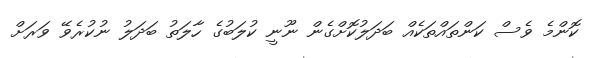
ކޮންމެ ވެސް ކަންތައްތަކެއް ބަދަލުކޮށްގެން ނޫނީ ކުލަބުގެ ހާލަތު ބަދަލު ނުކުރެވޭ ވަރަށް